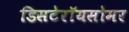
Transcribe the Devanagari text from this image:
डिसटेरॉयसोमर